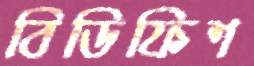
বিডিফিশ